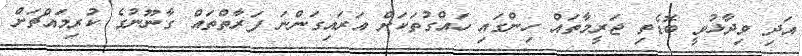
އަދި ވިދާޅުވީ ބޮޑެތި ޖަރީމާތައް ހިންގައި ހައްގުތަކަށް އަރައިގަންނަ ފަރާތްތައް ގާނޫނުގެ ކުރިމައްޗަށް